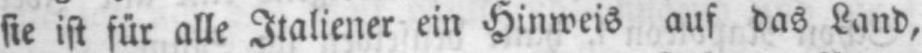
sie ist für alle Italiener ein Hinweis auf das Land,